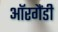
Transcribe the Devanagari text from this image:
ऑरगैंडी